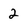
Character: 2